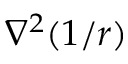
\nabla ^ { 2 } ( 1 / r )